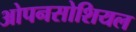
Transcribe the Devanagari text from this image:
ओपनसोशियल